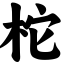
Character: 柁